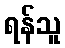
ရန်သူ